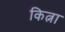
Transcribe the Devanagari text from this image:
कित्ना